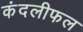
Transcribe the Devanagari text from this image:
कंदलीफल